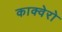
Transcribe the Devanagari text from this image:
काक्वेरो